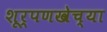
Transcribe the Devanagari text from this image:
शूर्पणखेच्या